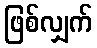
ဖြစ်လျှက်